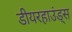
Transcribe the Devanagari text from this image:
डीयरहाउंड्स